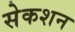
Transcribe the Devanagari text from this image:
सेकशन